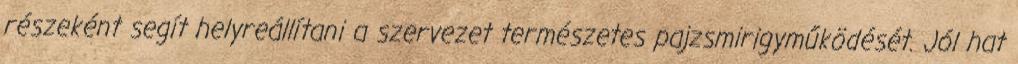
részeként segít helyreállítani a szervezet természetes pajzsmirigyműködését. Jól hat